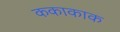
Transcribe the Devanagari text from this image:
ककाकाक